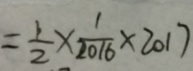
= \frac { 1 } { 2 } \times \frac { 1 } { 2 0 1 6 } \times 2 0 1 7